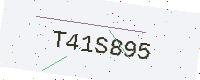
Text: T41S895